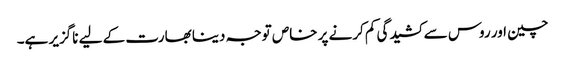
چین اور روس سے کشیدگی کم کرنے پر خاص توجہ دینا بھارت کے لیے ناگزیر ہے۔